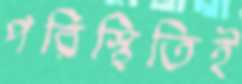
পরিস্থিতিই